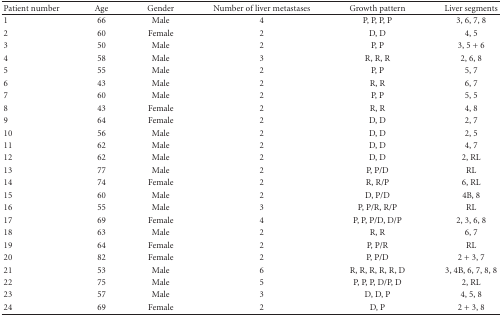
<table><thead><tr><td><b>Patient number</b></td><td><b>Age</b></td><td><b>Gender</b></td><td><b>Number of liver metastases</b></td><td><b>Growth pattern</b></td><td><b>Liver segments</b></td></tr></thead><tbody><tr><td>1</td><td>66</td><td>Male</td><td>4</td><td>P, P, P, P</td><td>3, 6, 7, 8</td></tr><tr><td>2</td><td>60</td><td>Female</td><td>2</td><td>D, D</td><td>4, 5</td></tr><tr><td>3</td><td>50</td><td>Male</td><td>2</td><td>P, P</td><td>3, 5 + 6</td></tr><tr><td>4</td><td>58</td><td>Male</td><td>3</td><td>R, R, R</td><td>2, 6, 8</td></tr><tr><td>5</td><td>55</td><td>Male</td><td>2</td><td>P, P</td><td>5, 7</td></tr><tr><td>6</td><td>43</td><td>Male</td><td>2</td><td>R, R</td><td>6, 7</td></tr><tr><td>7</td><td>60</td><td>Male</td><td>2</td><td>P, P</td><td>5, 5</td></tr><tr><td>8</td><td>43</td><td>Female</td><td>2</td><td>R, R</td><td>4, 8</td></tr><tr><td>9</td><td>64</td><td>Female</td><td>2</td><td>D, D</td><td>2, 7</td></tr><tr><td>10</td><td>56</td><td>Male</td><td>2</td><td>D, D</td><td>2, 5</td></tr><tr><td>11</td><td>62</td><td>Male</td><td>2</td><td>D, D</td><td>4, 7</td></tr><tr><td>12</td><td>62</td><td>Male</td><td>2</td><td>D, D</td><td>2, RL</td></tr><tr><td>13</td><td>77</td><td>Male</td><td>2</td><td>P, P/D</td><td>RL</td></tr><tr><td>14</td><td>74</td><td>Female</td><td>2</td><td>R, R/P</td><td>6, RL</td></tr><tr><td>15</td><td>60</td><td>Male</td><td>2</td><td>D, P/D</td><td>4B, 8</td></tr><tr><td>16</td><td>55</td><td>Male</td><td>3</td><td>P, P/R, R/P</td><td>RL</td></tr><tr><td>17</td><td>69</td><td>Female</td><td>4</td><td>P, P, P/D, D/P</td><td>2, 3, 6, 8</td></tr><tr><td>18</td><td>63</td><td>Male</td><td>2</td><td>R, R</td><td>6, 7</td></tr><tr><td>19</td><td>64</td><td>Female</td><td>2</td><td>P, P/R</td><td>RL</td></tr><tr><td>20</td><td>82</td><td>Female</td><td>2</td><td>P, P/D</td><td>2 + 3, 7</td></tr><tr><td>21</td><td>53</td><td>Male</td><td>6</td><td>R, R, R, R, R, D</td><td>3, 4B, 6, 7, 8, 8</td></tr><tr><td>22</td><td>75</td><td>Male</td><td>5</td><td>P, P, P, D/P, D</td><td>2, RL</td></tr><tr><td>23</td><td>57</td><td>Male</td><td>3</td><td>D, D, P</td><td>4, 5, 8</td></tr><tr><td>24</td><td>69</td><td>Female</td><td>2</td><td>D, P</td><td>2 + 3, 8</td></tr></tbody></table>